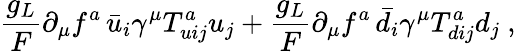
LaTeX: \frac{g_{L}}{F}\partial_{\mu}f^{a}\, \bar{u}_{i}\gamma^{\mu}T_{uij}^{a}{u}_{j}+\frac{g_{L}}{F}\partial_{\mu}f^{a}\, \bar{d}_{i}\gamma^{\mu}T_{dij}^{a}d_{j}\ ,